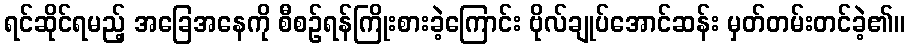
ရင်ဆိုင်ရမည့် အခြေအနေကို စီစဉ်ရန်ကြိုးစားခဲ့ကြောင်း ဗိုလ်ချုပ်အောင်ဆန်း မှတ်တမ်းတင်ခဲ့၏။